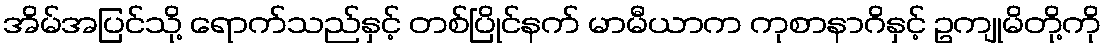
အိမ်အပြင်သို့ ရောက်သည်နှင့် တစ်ပြိုင်နက် မာမီယာက ကုစာနာဂိနှင့် ဥကျုမိတို့ကို